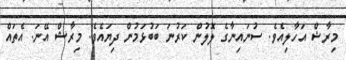
މިރާޝް އަހާލިއެވެ. ސުނައިނާގެ ލޮލުން ކަރުނަ ބަބުޅަމުން ދިޔައެވެ. މިރާޝް އޭނަ. އެތައް